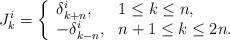
LaTeX: \begin{align*}J^i_k = \left\{\begin{array}{ll}\delta^i_{k+n}, & 1\leq k \leq n,\\ -\delta^i_{k-n}, & n+1\leq k\leq 2n.\end{array}\right.\end{align*}